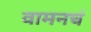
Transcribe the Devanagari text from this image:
वामनचं